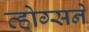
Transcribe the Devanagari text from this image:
व्होग्सने